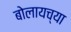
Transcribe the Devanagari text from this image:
बोलायच्या